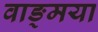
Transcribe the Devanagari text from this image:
वाङ्मया